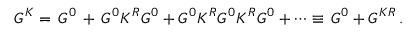
G ^ { K } = \, G ^ { 0 } \, + \, G ^ { 0 } K ^ { R } G ^ { 0 } + G ^ { 0 } K ^ { R } G ^ { 0 } K ^ { R } G ^ { 0 } + \cdots \equiv \, G ^ { 0 } + G ^ { K R } \, .